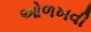
ઓળખવી